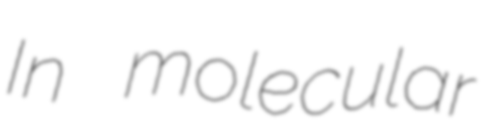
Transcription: In molecular